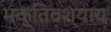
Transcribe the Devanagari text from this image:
भक्तिवश्याय